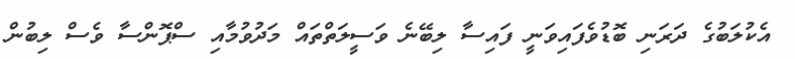
އެކުލަބުގެ ދަރަނި ބޮޑުވެފައިވަނީ ފައިސާ ލިބޭނެ ވަސީލަތްތައް މަދުވުމާއި ސްޕޮންސާ ވެސް ލިބުން